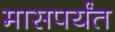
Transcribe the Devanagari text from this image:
मासपर्यंत